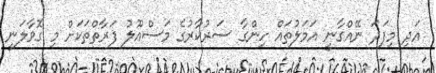
އަދި މިފަދަ ނޭއްގާނީ އަމަލުތައް ހިންގާ ސަރުކާރުގެ މަސްއޫލު ފަރާތްތަކަށް މި ގޮވާލަނީ